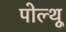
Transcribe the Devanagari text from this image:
पोल्थू